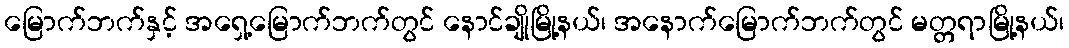
မြောက်ဘက်နှင့် အရှေ့မြောက်ဘက်တွင် နောင်ချိုမြို့နယ်၊ အနောက်မြောက်ဘက်တွင် မတ္တရာမြို့နယ်၊